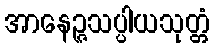
အာနေဉ္ဇသပ္ပါယသုတ္တံ